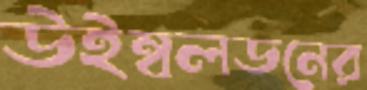
উইম্বলডনের